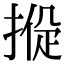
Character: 𢰑